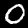
Label: 0